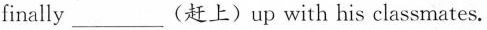
finally ___ (赶上) up with his classmates.